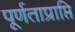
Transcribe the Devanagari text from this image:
पूर्णताप्राप्ति